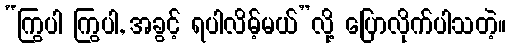
“ကြွပါ ကြွပါ, အခွင့် ရပါလိမ့်မယ်”လို့ ပြောလိုက်ပါသတဲ့။